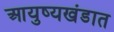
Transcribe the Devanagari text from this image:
आयुष्यखंडात